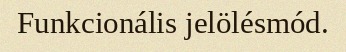
Funkcionális jelölésmód.